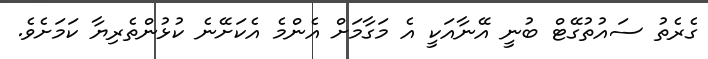
ގެރެތު ސައުތުގޭޓް ބުނީ އޭނާއަކީ އެ މަގާމަށް އެންމެ އެކަށޭނެ ކުޅުންތެރިޔާ ކަމަށެވެ.